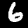
Digit: 6